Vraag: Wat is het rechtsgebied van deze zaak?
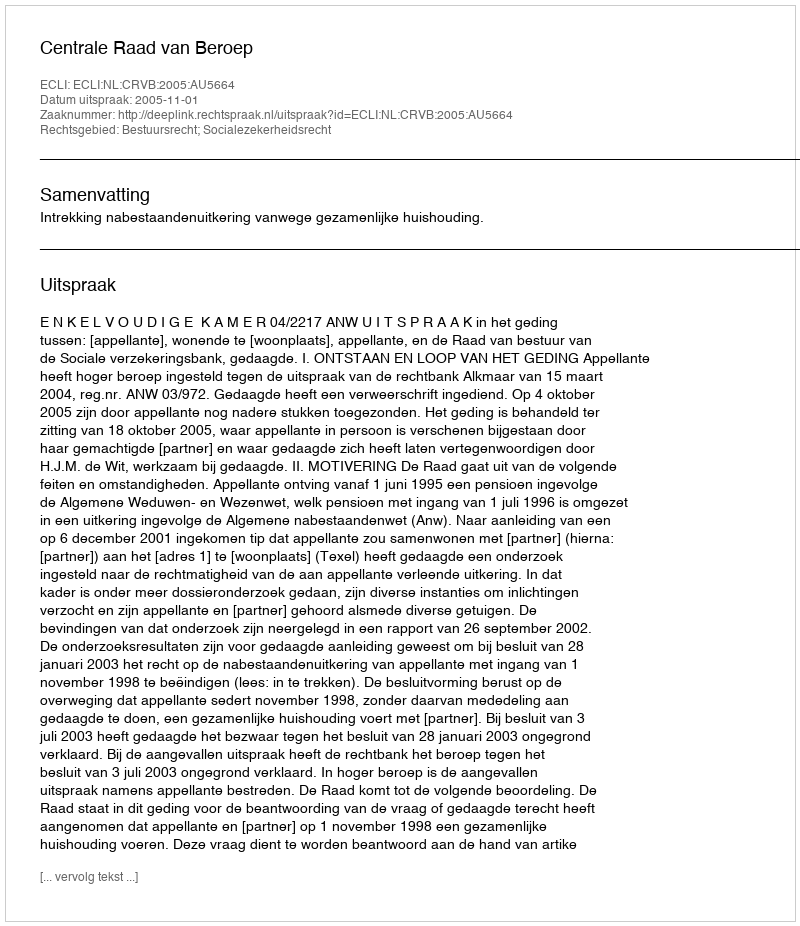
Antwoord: Bestuursrecht; Socialezekerheidsrecht